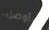
سأوصل